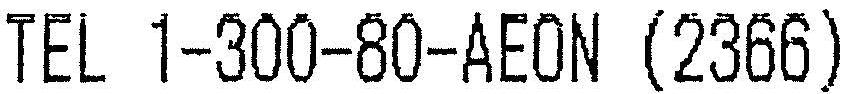
TEL 1-300-80-AEON (2366)